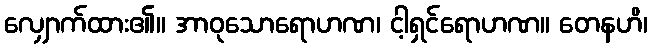
လျှောက်ထား၏။ အာဝုသောရောဟဏ၊ ငါ့ရှင်ရောဟဏ။ တေနဟိ၊